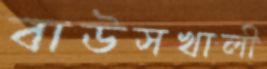
বাউসখালী